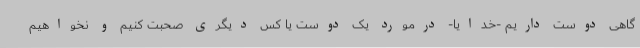
گاهی دوست داریم -خدایا- درمورد یک دوست یا کس دیگری صحبت کنیم و نخواهیم